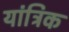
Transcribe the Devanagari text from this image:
यांत्रिक